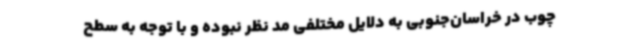
چوب در خراسان‌جنوبی به دلایل مختلفی مد نظر نبوده و با توجه به سطح